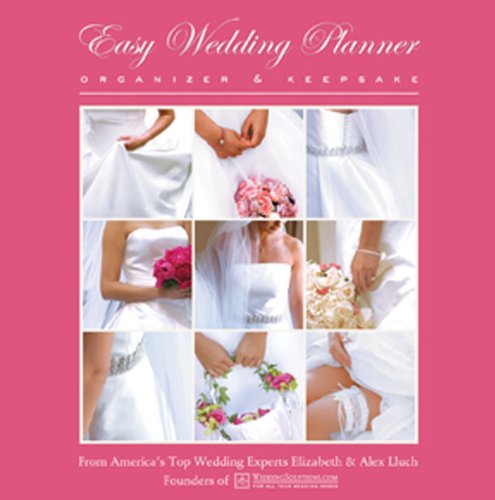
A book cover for Easy Wedding Planner, Organizer & Keepsake: Celebrating the Most Memorable Day of Your Life; Elizabeth Lluch; Crafts, Hobbies & Home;